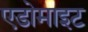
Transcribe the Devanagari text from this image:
एडोमाइट